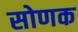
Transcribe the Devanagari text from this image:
सोणक